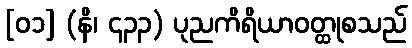
[၀၁] (နိ၊ ၄၃၃) ပုညကိရိယာဝတ္ထုစသည်